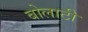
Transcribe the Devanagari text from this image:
बोलाटी